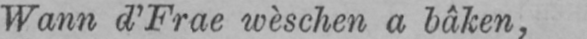
Wann d’Frae wèschen a bâken,